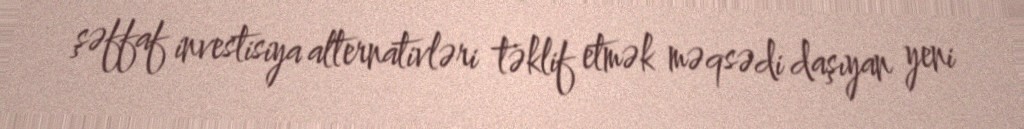
şəffaf investisiya alternativləri təklif etmək məqsədi daşıyan yeni